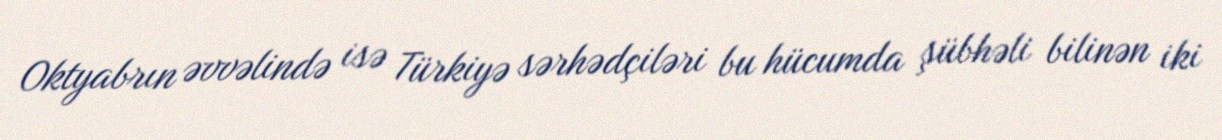
Oktyabrın əvvəlində isə Türkiyə sərhədçiləri bu hücumda şübhəli bilinən iki